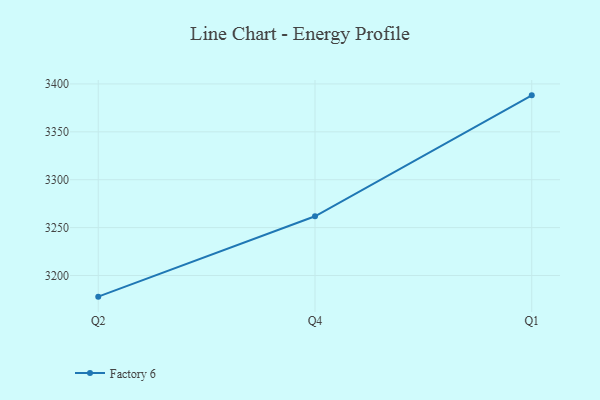
{"axis": {"x": "Quarter", "y": "Website Visitors"}, "legend": ["Factory 6"], "data": [{"x": "Q2", "y": 3177.9, "type": "Factory 6"}, {"x": "Q4", "y": 3261.8, "type": "Factory 6"}, {"x": "Q1", "y": 3388.1, "type": "Factory 6"}]}